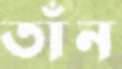
তাঁন